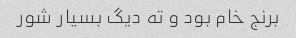
برنج خام بود و ته دیگ بسیار شور